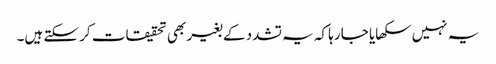
یہ نہیں سکھایا جا رہا کہ یہ تشدد کے بغیر بھی تحقیقات کر سکتے ہیں۔